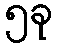
၅ခု